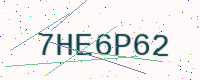
Text: 7HE6P62